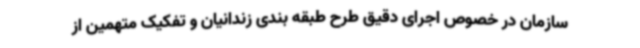
سازمان در خصوص اجرای دقیق طرح طبقه بندی زندانیان و تفکیک متهمین از